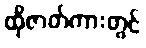
ထိုဇာတ်ကားတွင်